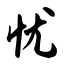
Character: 忧